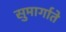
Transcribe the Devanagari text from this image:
सुमार्गाते